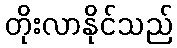
တိုးလာနိုင်သည်